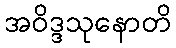
အဝိဒ္ဒသုနောတိ